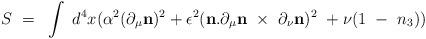
LaTeX: \begin{align*}S~=~\int~d^4x ({\alpha^2} (\partial_\mu {\bf n})^2 + \epsilon^2({\bf n}.\partial_\mu {\bf n}~\times~ \partial_\nu {\bf n})^2~+\nu (1~-~n_3))\end{align*}